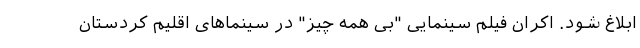
ابلاغ شود. اکران فیلم سینمایی "بی همه چیز" در سینماهای اقلیم کردستان